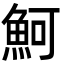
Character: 魺